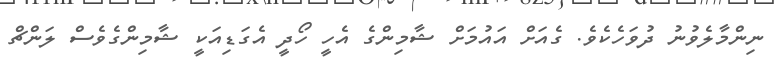
ނިންމާލެވުނު ދުވަހެކެވެ. ގެއަށް އައުމަށް ޝާމިންގެ އެހީ ހޯދީ އެގަޑިއަކީ ޝާމިންގެވެސް ލަންޗް